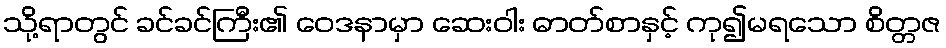
သို့ရာတွင် ခင်ခင်ကြီး၏ ဝေဒနာမှာ ဆေးဝါး ဓာတ်စာနှင့် ကု၍မရသော စိတ္တဇ